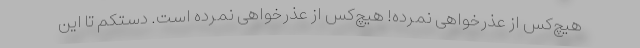
هیچ‌کس از عذرخواهی نمرده! هیچ‌کس از عذرخواهی نمرده است. دستکم تا این